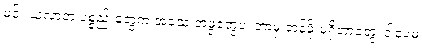
မင်း ယူလာတဲ့ ပစ္စည်းတွေက အသေးအဖွဲတွေပဲ၊ ဘာမှ တန်ဖိုးမရှိတာတွေ၊ ဒါပေမဲ့